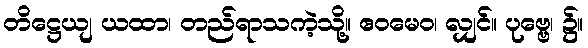
တိဋ္ဌေယျ ယထာ၊ တည်ရာသကဲ့သို့။ ဧဝမေဝ၊ လျှင်။ ပုဗ္ဗေ၊ ၌။